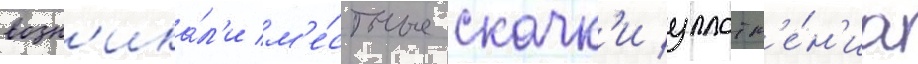
возн'ика́л'и м'е́стные скачк'и уплотн'е́н'иа